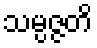
သမ္ပဇ္ဇတိ